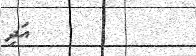
٨٥         އަދި